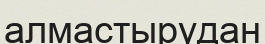
алмастырудан